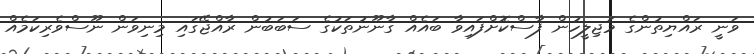
ވަނީ ރައްޔިތުންގެ މަޖިލީހުން ފާސްކޮށްފައިވާ ބައެއް ގާނޫނުތަކުގެ ސަބަބުން ރާއްޖޭގައި މިނިވަން ނޫސްވެރިކަމެއް